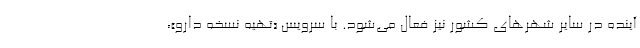
آینده در سایر شهرهای کشور نیز فعال می‌شود. با سرویس «تهیه نسخه دارو»،